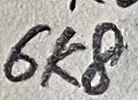
Text: 6K8